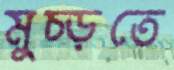
মুচ্‌ড়তে